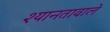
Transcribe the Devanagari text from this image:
श्यानतावाले